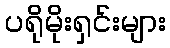
ပရိုမိုးရှင်းများ